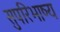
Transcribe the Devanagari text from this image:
सुपरिभाष्य